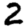
Digit: 2